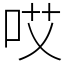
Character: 哎